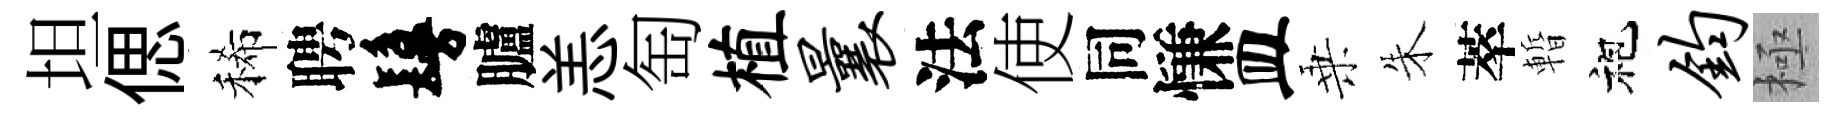
坦偲稀聘鬘臚恙匋植曩法使同慊皿乗朱萃暫袍钧極